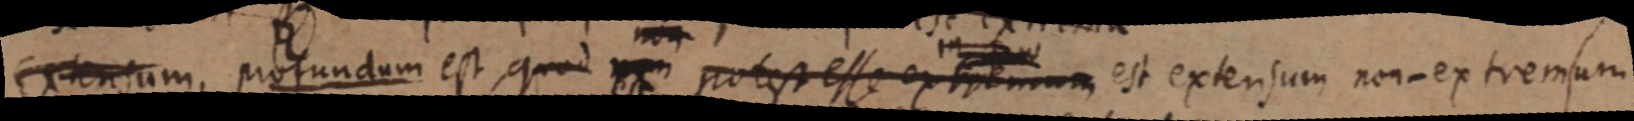
Extensum, profundum est, quod _ potest esse extremum est extensum non-extremum